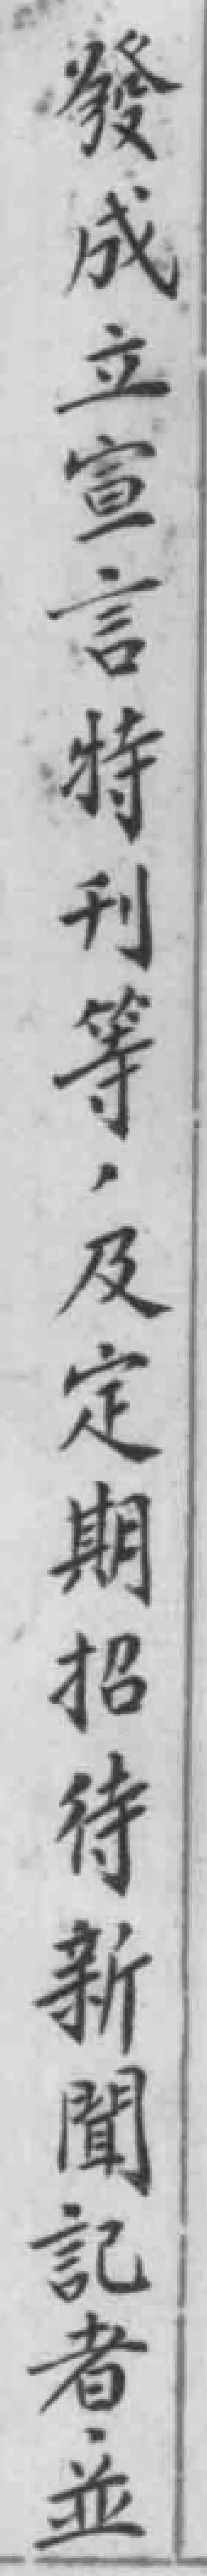
發成立宣言特刊等，及定期招待新聞記者，並